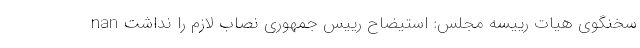
nan سخنگوی هیات رییسه مجلس: استیضاح رییس جمهوری نصاب لازم را نداشت